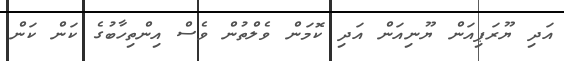
އަދި ޔޫރަޕިއަން ޔޫނިއަން އަދި ކޮމަން ވެލްތުން ވެސް އިންތިހާބުގެ ކަން ކަން